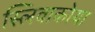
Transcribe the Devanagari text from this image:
स्लिवाकोया